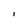
Character: I